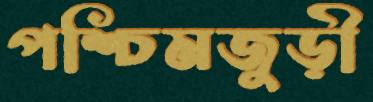
পশ্চিমজুড়ী